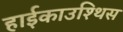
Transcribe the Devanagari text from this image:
हाईकाउश्थिस